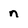
Character: n